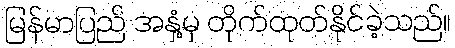
မြန်မာပြည် အနှံ့မှ တိုက်ထုတ်နိုင်ခဲ့သည်။